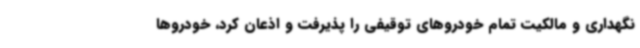
نگهداری و مالکیت تمام خودروهای توقیفی را پذیرفت و اذعان کرد، خودروها